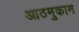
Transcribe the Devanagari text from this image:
आठमुकाम